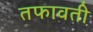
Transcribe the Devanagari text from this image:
तफावती